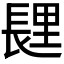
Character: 𰿏